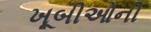
ખૂબીઓની